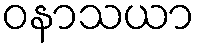
ဝနာသယာ